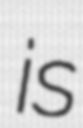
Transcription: is